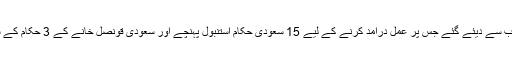
ترک صدر نے مزید لکھا کہ صحافی کے قتل کے احکامات سعودی عرب کی اعلیٰ قیادت کی جانب سے دیئے گئے جس پر عمل درآمد کرنے کے لیے 15 سعودی حکام استنبول پہنچے اور سعودی قونصل خانے کے 3 حکام کے ساتھ مل کر صحافی کو قتل کرکے لاش ٹھکانے لگانے کے لیے مقامی شخص کے حوالے کردی۔